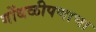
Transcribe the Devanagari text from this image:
गोंधळीपणाचा